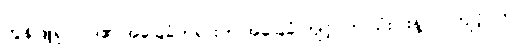
ကွန်ဖြူရှပ်ဝါဒ၏ အခြေခံတရားက အခြေခံ ကျင့်ဝတ် သုံးပါးနဲ့ လူ ကျင့်ဝတ်